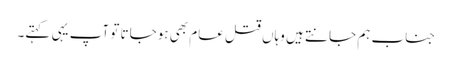
جناب ہم جانتے ہیں وہاں قتل عام بھی ہوجاتا تو آپ یہی کہتے۔